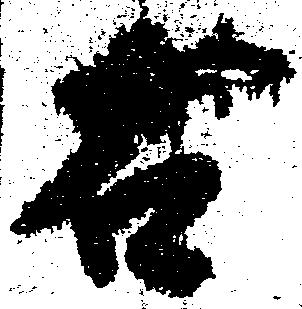
右